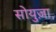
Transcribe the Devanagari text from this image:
सोयुज़ा